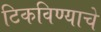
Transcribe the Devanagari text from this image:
टिकविण्याचे